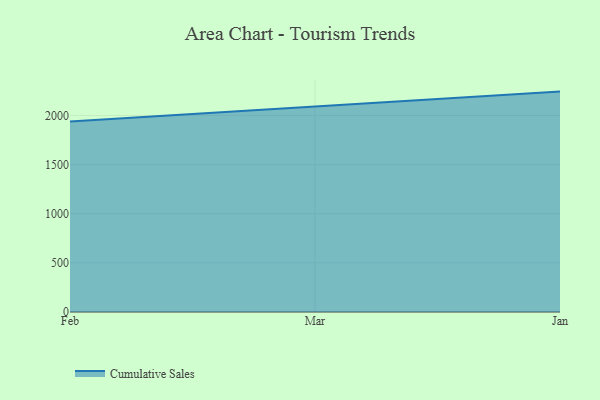
{"axis": {"x": "Month", "y": "Population (Million)"}, "legend": ["Cumulative Sales"], "data": [{"x": "Feb", "y": 1939.8, "type": "Cumulative Sales"}, {"x": "Mar", "y": 2094.1, "type": "Cumulative Sales"}, {"x": "Jan", "y": 2242.8, "type": "Cumulative Sales"}]}